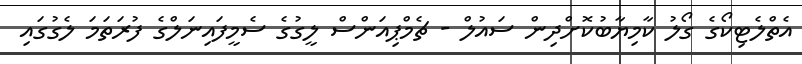
އެތްލެޓިކޯގެ ގޯލު ކާމިޔާބުކޮށްދިން ސައުލް - ޗެމްޕިއަންސް ލީގުގެ ސެމީފައިނަލްގެ ފުރަތަމަ ލެގުގައި